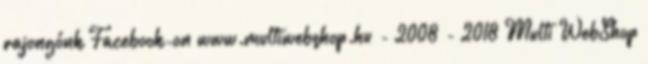
rajongónk Facebook-on www.multiwebshop.hu - 2008 - 2018 Multi WebShop